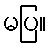
မပြ။